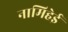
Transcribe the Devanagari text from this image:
नामिहेई